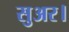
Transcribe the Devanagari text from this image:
सुअर।